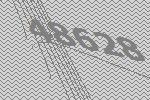
48628